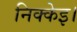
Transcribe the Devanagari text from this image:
निक्केइ।